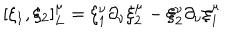
[ \xi _ { 1 } , \xi _ { 2 } ] _ { L } ^ { \mu } = \xi _ { 1 } ^ { \nu } \partial _ { \nu } \xi _ { 2 } ^ { \mu } - \xi _ { 2 } ^ { \nu } \partial _ { \nu } \xi _ { 1 } ^ { \mu }